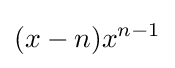
(x-n)x^{n-1}